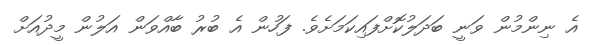
އެ ނިންމުން ވަނީ ބަދަލުކޮށްފައިކަމަށެވެ. ފަހުން އެ ބުރު ބާއްވަން އަލުން މީދުއަށް